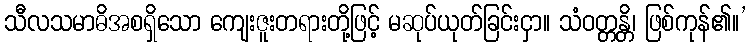
သီလသမာဓိအစရှိသော ကျေးဇူးတရားတို့ဖြင့် မဆုပ်ယုတ်ခြင်းငှာ။ သံဝတ္တန္တိ၊ ဖြစ်ကုန်၏။’